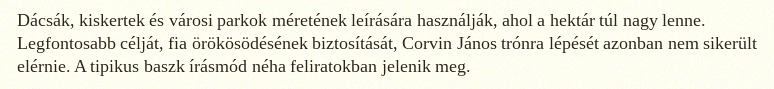
Dácsák, kiskertek és városi parkok méretének leírására használják, ahol a hektár túl nagy lenne. Legfontosabb célját, fia örökösödésének biztosítását, Corvin János trónra lépését azonban nem sikerült elérnie. A tipikus baszk írásmód néha feliratokban jelenik meg.